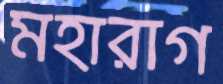
মহারাগ